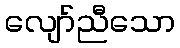
လျော်ညီသော